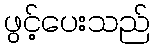
ဖွင့်ပေးသည်